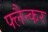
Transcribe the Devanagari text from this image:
फ्लैन्कर